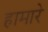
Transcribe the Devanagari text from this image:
हामारे